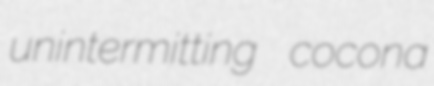
unintermitting cocona